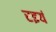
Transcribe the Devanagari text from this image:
रइयं